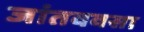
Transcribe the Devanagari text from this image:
जांतववसा